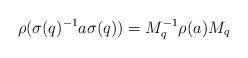
LaTeX: \begin{align*}\rho(\sigma(q)^{-1}a\sigma(q))=M_{q}^{-1}\rho(a) M_{q}\end{align*}